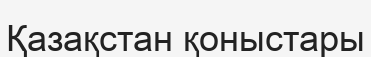
Қазақстан қоныстары